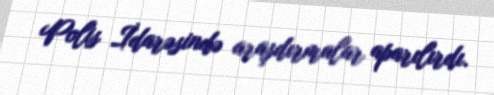
Polis İdarəsində araşdırmalar aparılırdı.